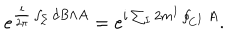
LaTeX: e ^ { \frac { i } { 2 \pi } \int _ { \Sigma } { d B \wedge A } } = e ^ { i \sum _ { I } 2 m ^ { I } \oint _ { C ^ { I } } A } .